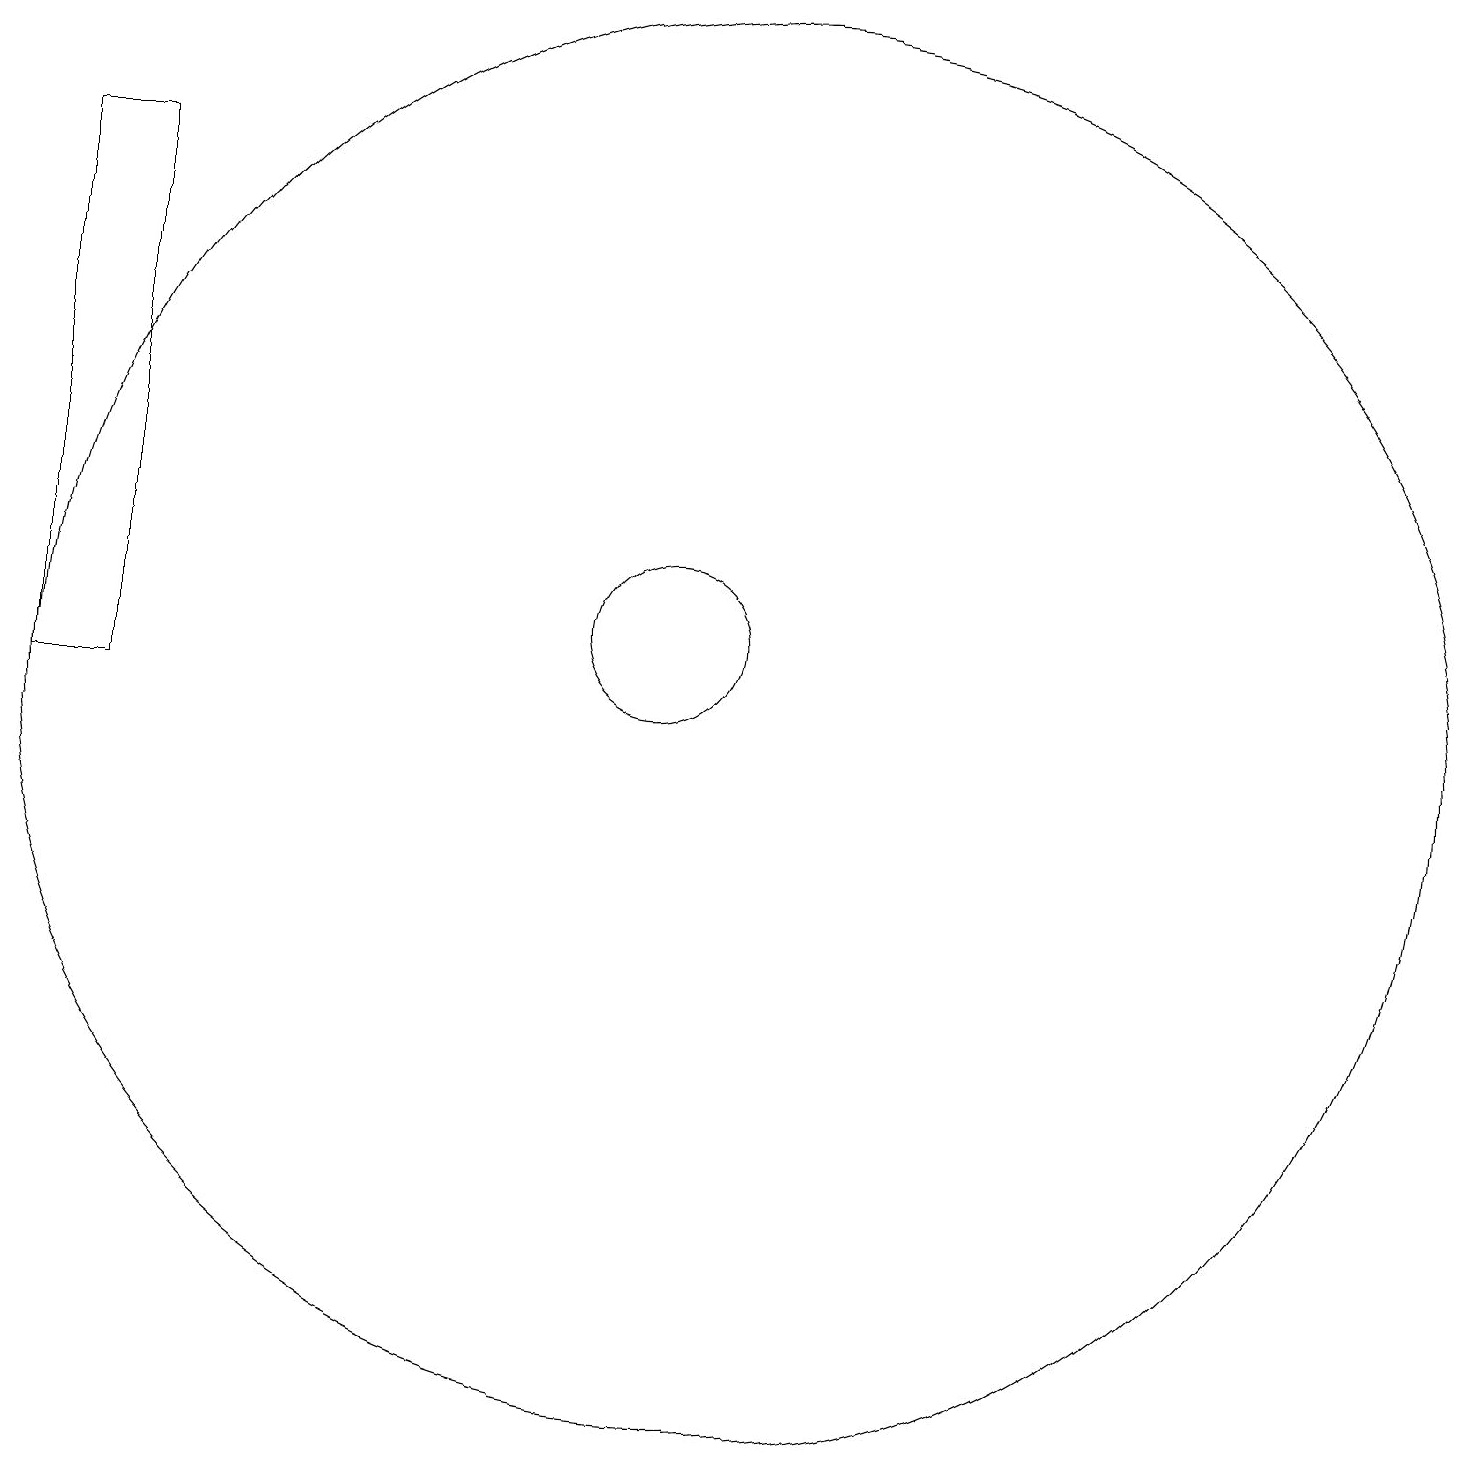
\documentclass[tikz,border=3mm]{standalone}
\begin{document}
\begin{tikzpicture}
\draw (10,11) circle (1);
\draw (11,10) circle (9);
\draw (2,17) rectangle (3,10);
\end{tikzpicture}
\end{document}